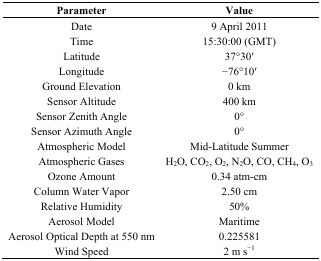
<table><thead><tr><td><b>Parameter</b></td><td><b>Value</b></td></tr></thead><tbody><tr><td>Date</td><td>9 April 2011</td></tr><tr><td>Time</td><td>15:30:00 (GMT)</td></tr><tr><td>Latitude</td><td>37°30′</td></tr><tr><td>Longitude</td><td>−76°10′</td></tr><tr><td>Ground Elevation</td><td>0 km</td></tr><tr><td>Sensor Altitude</td><td>400 km</td></tr><tr><td>Sensor Zenith Angle</td><td>0°</td></tr><tr><td>Sensor Azimuth Angle</td><td>0°</td></tr><tr><td>Atmospheric Model</td><td>Mid-Latitude Summer</td></tr><tr><td>Atmospheric Gases</td><td>H<sub>2</sub>O, CO<sub>2</sub>, O<sub>2</sub>, N<sub>2</sub>O, CO, CH<sub>4</sub>, O<sub>3</sub></td></tr><tr><td>Ozone Amount</td><td>0.34 atm-cm</td></tr><tr><td>Column Water Vapor</td><td>2.50 cm</td></tr><tr><td>Relative Humidity</td><td>50%</td></tr><tr><td>Aerosol Model</td><td>Maritime</td></tr><tr><td>Aerosol Optical Depth at 550 nm</td><td>0.225581</td></tr><tr><td>Wind Speed</td><td>2 m s<sup>−1</sup></td></tr></tbody></table>